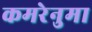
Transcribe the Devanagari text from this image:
कमरेनुमा